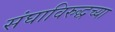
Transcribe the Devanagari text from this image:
संघाविरुद्धच्या